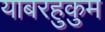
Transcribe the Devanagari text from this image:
याबरहुकुम